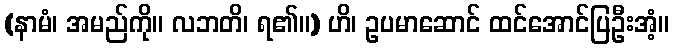
(နာမံ၊ အမည်ကို။ လဘတိ၊ ရ၏။) ဟိ၊ ဥပမာဆောင် ထင်အောင်ပြဦးအံ့။